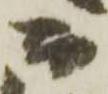
而